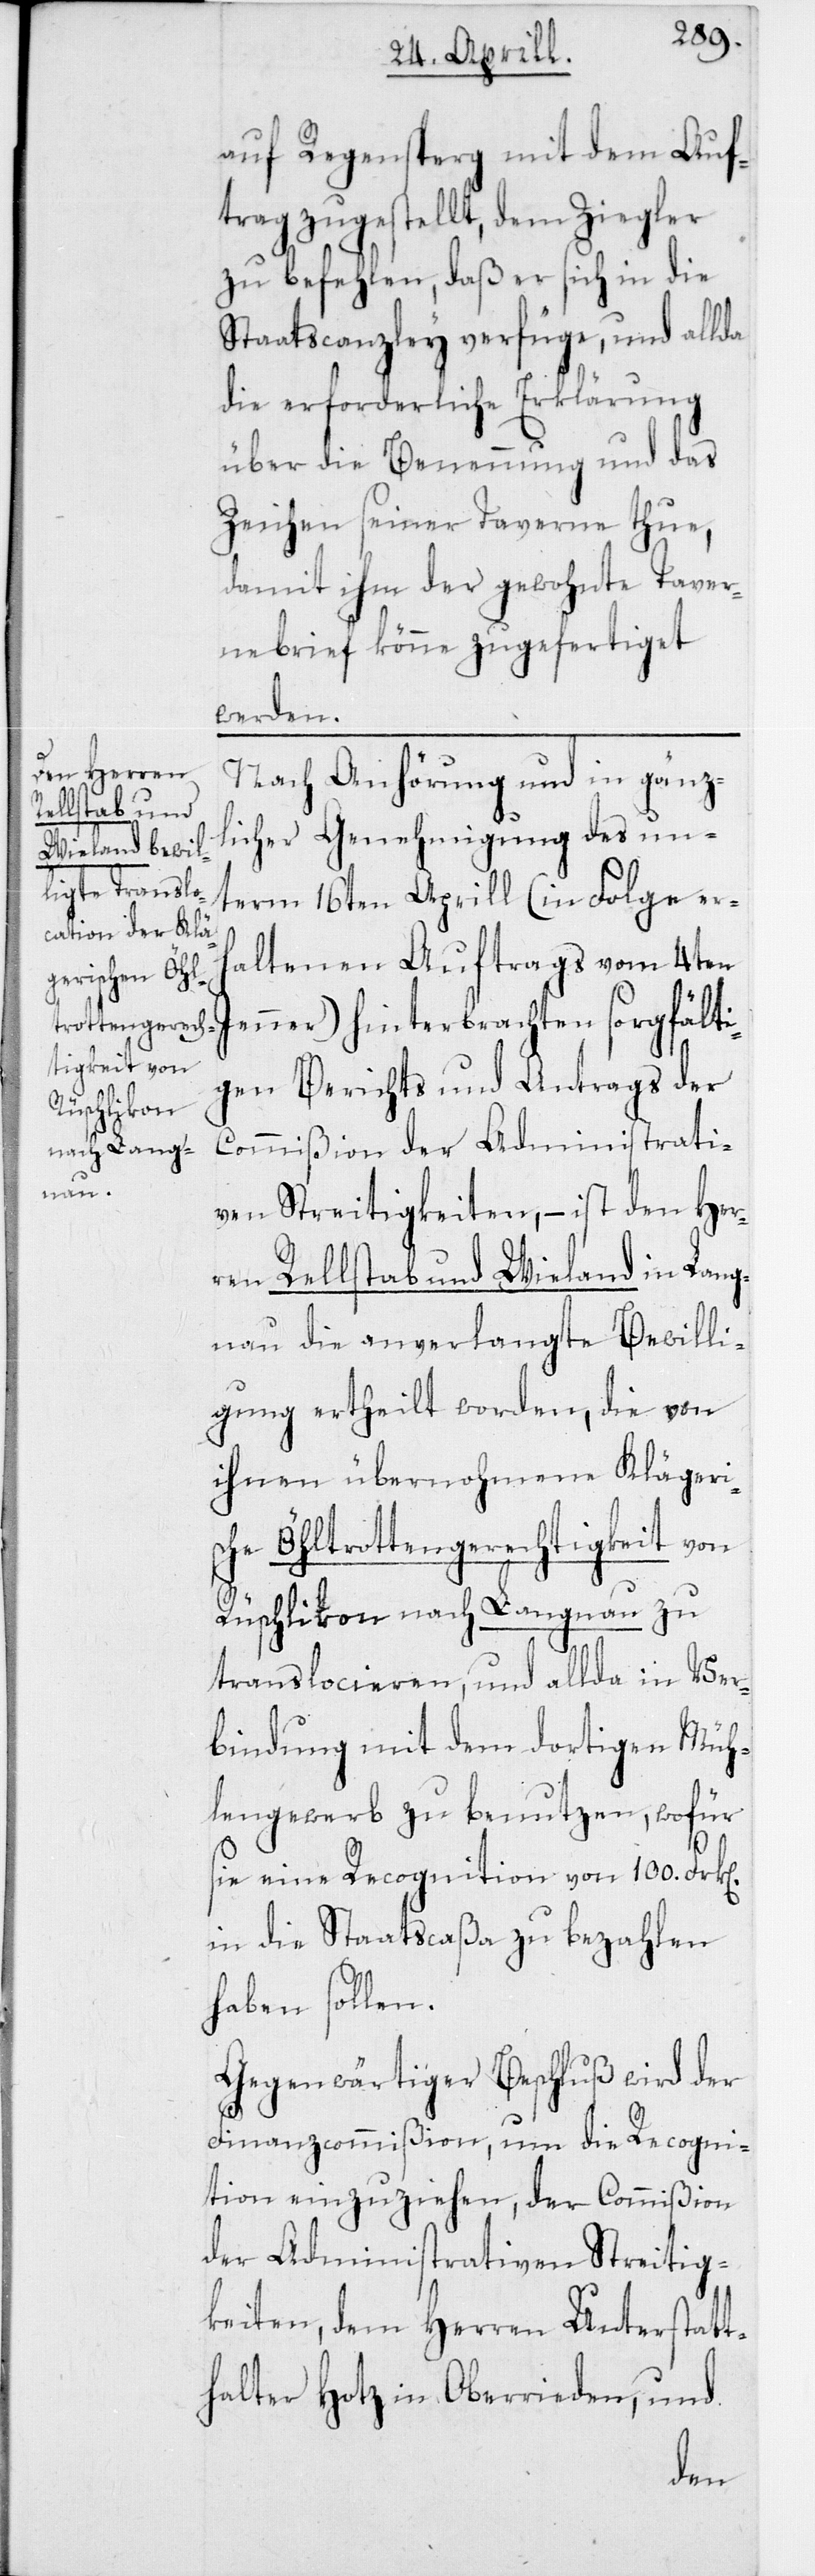
auf Regensperg mit dem Auf¬
trag zugestellt, dem Ziegler
zu befehlen, daß er sich in die
Staatscanzley verfüge, um allda
die erforderliche Erklärung
über die Benennung und das
Zeichen seiner Taverne thue,
damit ihm der gewohnte Taver¬
nebrief könne zugefertiget
werden.
Nach Anhörung und in gänz¬
licher Genehmigung des un¬
term 16ten Aprill (in Folge er¬
haltenen Auftrags vom 4ten
Jenner) hinterbrachten sorgfälti¬
gen Berichts und Antrags der
Commißion der Administrati¬
ven Streitigkeiten, – ist den Her¬
ren Rellstab und Wieland in Lang¬
nau die anverlangte Bewilli¬
gung ertheilt worden, die von
ihnen übernohmene Klägeri¬
sche Öltrottengerechtigkeit von
Rüschlikon nach Langnau zu
translocieren, und allda in Ver¬
bindung mit dem dortigen Müh¬
lengewerb zu benutzen, wofür
sie eine Recognition von 100.
in die Staatscaßa zu bezahlen
haben sollen.
Gegenwärtiger Beschluß wird der
Finanzcommißion, um die Recogni¬
tion einzuziehen, der Commißion
der Administrativen Streitig¬
keiten, dem Herren Unterstatt¬
halter Hotz in Oberrieden, und